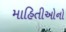
માહિતીઓનો